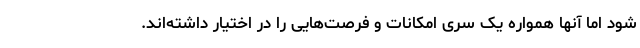
شود اما آنها همواره یک سری امکانات و فرصت‌هایی را در اختیار داشته‌اند.